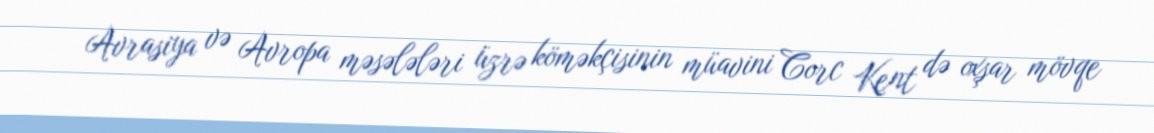
Avrasiya və Avropa məsələləri üzrə köməkçisinin müavini Corc Kent də oxşar mövqe